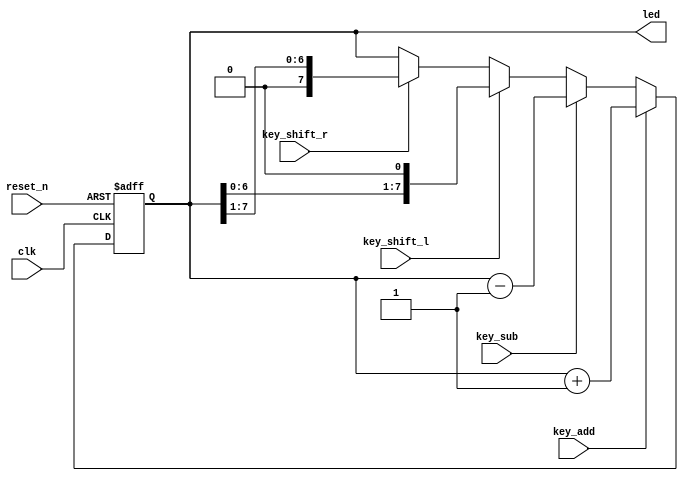
`timescale 1ns / 1ps
//////////////////////////////////////////////////////////////////////////////////
// Company: 
// Engineer: 
// 
// Design Name: 
// Module Name: key_led
// Project Name: 
// Target Devices: 
// Tool Versions: 
// Description: 
// 
// Dependencies: 
// 
// Revision:
// Revision 0.01 - File Created
// Additional Comments:
// 
//////////////////////////////////////////////////////////////////////////////////


module key_led(
    input wire clk, //50M
    input wire reset_n, //
    input wire key_add, //
    input wire key_sub, //
    input wire key_shift_l, //
    input wire key_shift_r, //
    
    output reg [7:0] led //led 

    );
    
always@(posedge clk or negedge reset_n)
    if(!reset_n)
        led <= 8'b0000_0000;
    else if(key_add)
        led <= led + 1'b1;
    else if(key_sub)
        led <= led - 1'b1;
    else if(key_shift_l)
        led <= (led << 1);
    else if(key_shift_r)
        led <= (led >> 1);
    else
        led <= led;  
          

    
endmodule